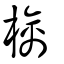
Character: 檎